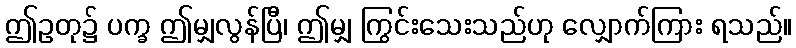
ဤဥတု၌ ပက္ခ ဤမျှလွန်ပြီ၊ ဤမျှ ကြွင်းသေးသည်ဟု လျှောက်ကြား ရသည်။